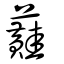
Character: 蘳